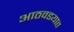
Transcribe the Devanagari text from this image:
आठवडयात